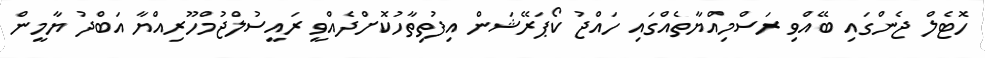
ހޮޓެލް ޖެންގައި ބޭއްވި ރަސްމިއްޔާތެއްގައި ހައްޖު ކޯޕަރޭޝަން އިފުތިތާހުކޮށްދެއްވީ ރައީސުލްޖުމްހޫރިއްޔާ އަބްދު ޔާމީން